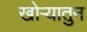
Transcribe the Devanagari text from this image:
खोऱ्यातुन